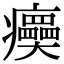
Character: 㿙